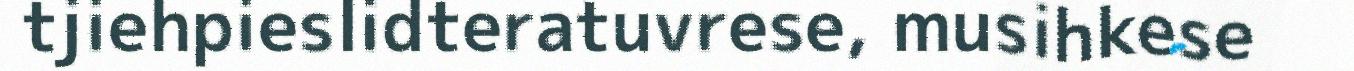
tjiehpieslidteratuvrese, musihkese